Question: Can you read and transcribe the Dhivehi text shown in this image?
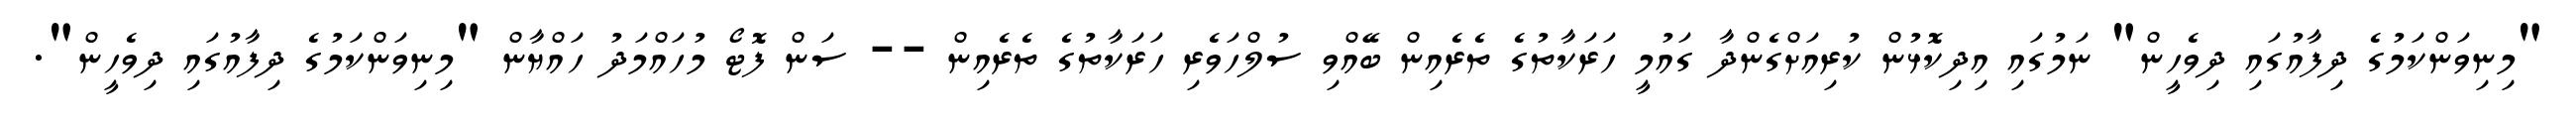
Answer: "މިނިވަންކަމުގެ ދިފާއުގައި ދިވެހީން" ނަމުގައި އިދިކޮޅުން ކުރިއަށްގެންދާ ގައުމީ ހަރަކާތުގެ ތެރެއިން ބޭއްވި ސުލްހަވެރި ހަރަކާތުގެ ތެރެއިން -- ސަން ފޮޓޯ މުހައްމަދު ހައްޔާން "މިނިވަންކަމުގެ ދިފާއުގައި ދިވެހީން".